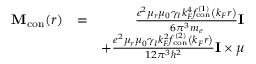
\begin{array} { r l r } { \mathbf { M } _ { \mathrm { c o n } } ( r ) } & { = } & { \frac { e ^ { 2 } \mu _ { r } \mu _ { 0 } \gamma _ { I } k _ { F } ^ { 4 } f _ { \mathrm { c o n } } ^ { ( 1 ) } \left( k _ { F } r \right) } { 6 \pi ^ { 3 } m _ { e } } \mathbf { I } } \\ & { } & { + \frac { e ^ { 2 } \mu _ { r } \mu _ { 0 } \gamma _ { I } k _ { F } ^ { 2 } f _ { \mathrm { c o n } } ^ { ( 2 ) } \left( k _ { F } r \right) } { 1 2 \pi ^ { 3 } \hbar ^ { 2 } } { \mathbf { I } \times \boldsymbol { \mu } } } \end{array}